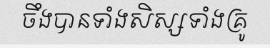
ចឹងបានទាំងសិស្សទាំងគ្រូ